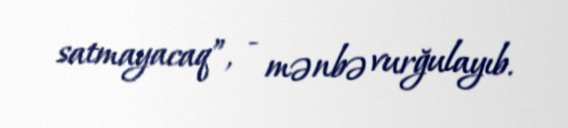
satmayacaq”, - mənbə vurğulayıb.